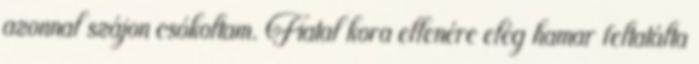
azonnal szájon csókoltam. Fiatal kora ellenére elég hamar feltatálta